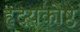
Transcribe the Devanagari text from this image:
हृदयकोष्ठ